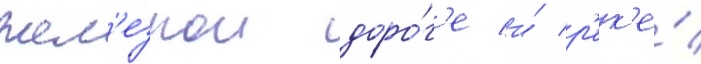
жел'езнои доро́г'е и́ р'ек'е́